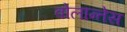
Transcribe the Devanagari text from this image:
वोलान्तेस